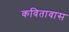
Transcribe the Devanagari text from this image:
कवितावास